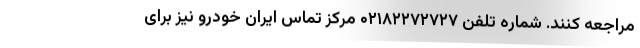
مراجعه کنند. شماره تلفن ۰۲۱۸۲۲۷۲۷۲۷ مرکز تماس ایران خودرو نیز برای